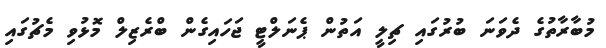
މުބާރާތުގެ ދެވަނަ ބުރުގައި ޗިލީ އަތުން ޕެނަލްޓީ ޖަހައިގެން ބްރެޒިލް މޮޅުވި މެޗުގައި